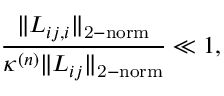
\frac { \| L _ { i j , i } \| _ { \mathrm { 2 - n o r m } } } { \kappa ^ { ( n ) } \| L _ { i j } \| _ { \mathrm { 2 - n o r m } } } \ll 1 ,